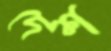
দেশ